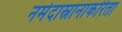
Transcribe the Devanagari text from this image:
नर्मदास्नानाकरिता